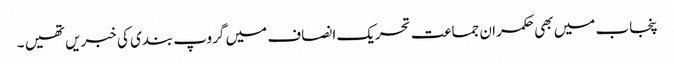
پنجاب میں بھی حکمران جماعت تحریک انصاف میں گروپ بندی کی خبریں تھیں ۔